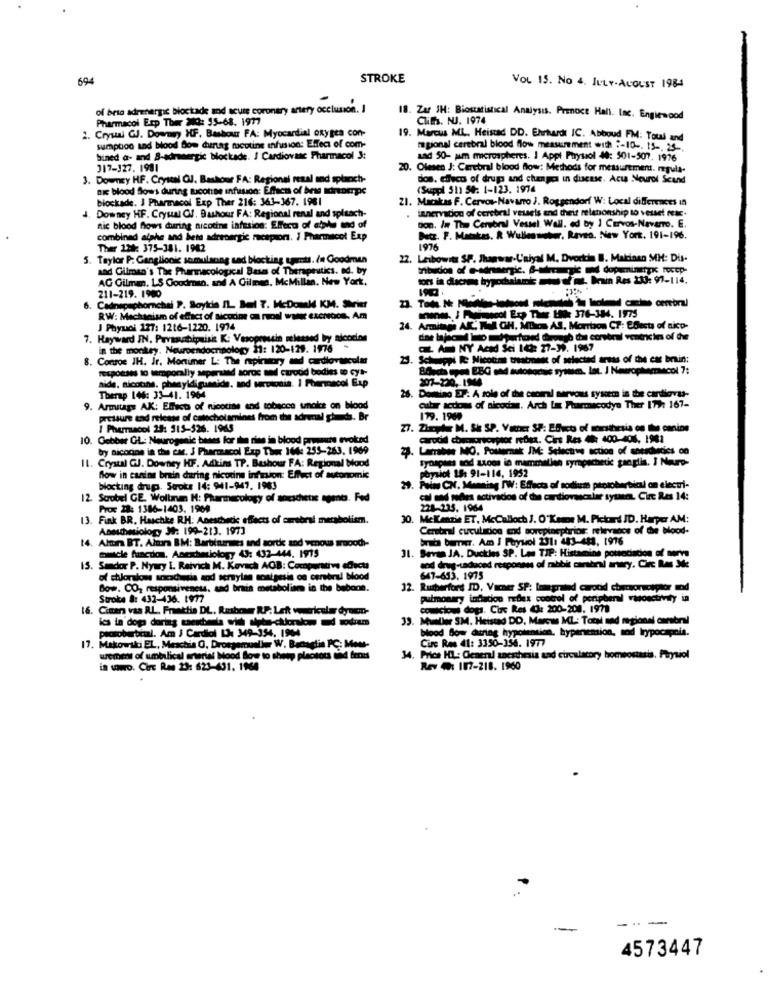
694
STROKE
VOL IS. NO 4. JULY-AUGUST 1984
of brio adrenergic blockade and acute coronary artery occlusion. I
Pharmacol Esp Ther 34Q: 55-68. 1977
18. Zar JH: Biostatistical Analysis. Prenoce Hall. Inc. Englewood
Cliffs. NUJ. 1974
2. Crystal GJ. Downey HF. Basbour FA: Myocardial oxygen con-
19. Marcus ML. Heistad DD. Ehrhardt IC. Abboud FM: Toul and
sumption and blood Bom durtag nicotine infusion: Effect of com-
regional cerebral blood flow measurement with :- 10 -. 15 -. 25-
bined a- and S-adreergic blockade. I Cardiovasc Pharmacol 3:
sad 50- am microspheres. I Appt Payssol 49: 501-507. 1976
317-127. 1981
20. Olesen J: Cerebral blood flow: Methods for measurement. regula-
3. Downey HF. Crystal GJ. Baskour FA: Regional reaal and splanch-
dos, effect of drug and change in disease. Act Neurol Scand
Bi blood Slows during tuconse infuuson: Effect of brse adrenerpe
(Suppl 51) St: 1-123. 1974
blockade. J Pharmacol Exp Ther 216: 361-367. 1961
21. Macias F. Cervos-Navarro J. Roggendorf W: Local differences in
. Downey HF. Crystal GJ. Bushour FA: Regional renal and splaach-
innervation of cerebral vessels and their relationship to vessel NIE.
tion. In The Cerebral Vessel. Wall, ed by 1 CErvos-Navarro. E.
nic blood flows during nicotine infusion: Effect of able and of
combined alphe and beta adrebergic racspora. I Pharmacol Exp
Detz. F. Mamakas. R Wullennober, Raven. New York. 191-196.
Ther 221: 375-381. 1942
1976
3. Taylor P. Ganglionic somulsong sad blocking umts. / Goodman
22. Leibowitz SP. Shamwar-L'aiyal M. Dvorche B. Makinen MH: Dil-
and Gilman's The Pharmacological Bases of Therapeutics. ed. by
AG Gilman, LS Goodman, and A Gilmen. McMillan, New York,
-i hypo-' brain Res 233: 97-114.
211-219. 1900
6. Cadnepsphornchal P. Soyidia IL Bel 7. McDonald KM. Serier
RW: Mechanism of effect of ticocon on rupel Walt escrocs, Am
ananas. / Palmscol Er Ther 1Nox 376-384. 1975
J Phyuci 127: 1216-1220. 1974
24. Armitage AK. WMA CH. MIhos AS, Morrison CT: EDesta of nico-
7. Hayward IN. Prvanahipuisit K: Vasopressin released by aicodon
in the monkey. Neuroendocrinology 11: 120-129. 1976
CL Am NY Acad Sci 142: 27-39. 1967
8. Consos JH. Ir. Mortimer L: The mpintory and cardiovascular
23. Schupyl IC Nicotine treatment of selected areas of the car bruin:
responses to temporally sepersad soros and cuvod bodies to cyt-
EBG and autosocis sytem. lat. J Newrophomecol 7:
aide, nicotine, phenyldigasnide. and serpiodia. 1 Pharmacol Exp
207-220 .- 1944
Therap 146: 33-41. 1964
26. Domino EP: A zole of the cacarl servous system in the cardigvas-
9. Armitage AK: Elfacts of nicotine and tobacco smakte on blood
cubir acdoms of nicodias. Arch Un Pharmacodyn Ther 179: 167-
pressure and release of catecholamines from the adrenal gheds. Br
179. 1909
I Pharmacol 29: 15-526. 1965
27. Zipder M. Sk SP. Vater SP: Efecto of morsthesis on the canins
10. Gebber GL: Neurogenic bases for the rise in blood promete evoked
carodid checorso pior refina. Cirs Res 48: 400-406, 1981
by aiconos in the car. J Pharmacol Exp Thex 164: 255-263. 1969
2. Latrabes MO. Posterak IM: Selective action of sotschiedics on
IL. Crystal GJ. Downey HF. Adkins TP. Bashour FA: Regional blood
Synapses sod stogs in mammallen syrapachetic ganglia. I Neuro-
physiot 15: 91-114, 1952
Bow in canins brain during nicodns infusion: Effvet of autonomie
blocking drup. Suoke 14: 941-947. 1983
29. Pois CN. Mensing IW: Effects of sodium protoberbial on electri-
12 Scobel GE. Wollen H: Pharmacology of socicheti tomt. Fed
cal mad medes activados of the cardiovascular tytanrı. Circ Res 14:
Proc 22: 1386-1403. 1969
228-235. 1964
13. Fink BR. Haschke RH: Anesthetic effects of carsbral merabolism.
30. Mckenzie ET, McCalloch J. O'Keme M. Pickard ID. Harper AM:
Anesthesiology J9: 199-213. 1973
Cerebral cuculation ad sorepineptrios: relevados of the blood-
Altun BT. Altura BM: Barbiturates and sortie and wenous soodhi-
brata burner. Am I Fuysiol 231: 443-483. 1976
muscle fraction. Anesthesiology 43: 432-444. 1975
31. Sevan JA. Duckies SP. Les TIP: Histamine po
sod drug-undaced responses of rabbit carbri arwry. Circ ILes Sie
15. Sandor P. Nyury I. Reivich M. Kovach ACB: Comparative edict
of chloradows socachesia and seraylan sontgesis on cerebral blood
647-633. 1975
Bow. CO, responsiveness, sad brais metabolism in the bebone.
32. Rutherford ID, Vacher SP: tamgrated carotid cbrnoreceptor mod
Stroke &: 432-436. 1977
Pulmonary inducion redex control of peripheral vasoactivity in
16. Cinar vaa RL. Fraattis DL. Rushower RP: Left ventricular dy ucon-
conscious dogs. Cire Res 49: 200-200. 1970
39. Mueller SM. Heistad DD, Marcus ML: Total med regional cerebral
pactobarbital. Am J Cardioi IJ 349-354. 1904
blood So- during hypotension, bypenemion, and Irypocapoia.
17. Makowski EL, Meschia O, Droegemueller W. Battaglia PC; Mou-
Circ Res 41: 3150-356. 1977
urement of umbilical arterial Mood Bow to sheep plectous tid fent
34. Price HL: General anesthesia and circulatory homeostasis. Physiol
in wowo. Circ Res 23: 623-431. 1964
Rev : 107-218. 1960
....
4573447